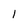
Character: l